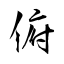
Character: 俯